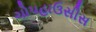
ચોપહાઉસીસ